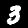
Digit: 3